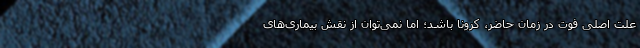
علت اصلی فوت در زمان حاضر، کرونا باشد؛ اما نمی‌توان از نقش بیماری‌های